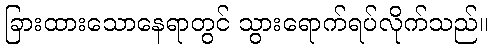
ခြားထားသောနေရာတွင် သွားရောက်ရပ်လိုက်သည်။